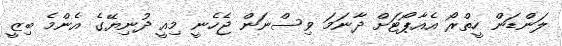
ލަންޑަން ހީތްރޯ އެއާޕޯޓަށް ދާނަމަ ވިސްނަން ޖެހެނީ މިއީ ދުނިޔޭގެ އެންމެ ބިޒީ